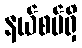
နယ်စပ်ရှိ